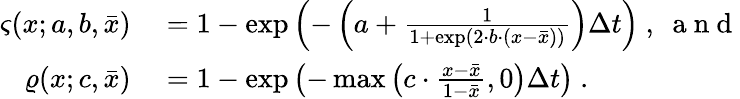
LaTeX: \begin{array}{rl}{\varsigma(x;a,b,\bar{x})}&{{}=1-\exp\left(-\left(a+\frac{1}{1+\exp(2\cdot b\cdot(x-\bar{x}))}\right)\Delta t\right)\ ,\ \mathrm{~a~n~d~}}\\ {\varrho(x;c,\bar{x})}&{{}=1-\exp\left(-\operatorname*{max}\left(c\cdot\frac{x-\bar{x}}{1-\bar{x}},0\right)\Delta t\right)\ .}\end{array}